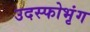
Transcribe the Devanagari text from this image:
उदस्फोभृंग